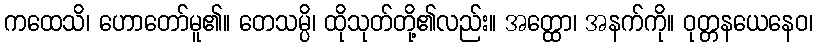
ကထေသိ၊ ဟောတော်မူ၏။ တေသမ္ပိ၊ ထိုသုတ်တို့၏လည်း။ အတ္ထော၊ အနက်ကို။ ဝုတ္တနယေနေဝ၊